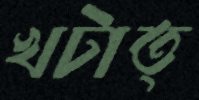
খটাত্